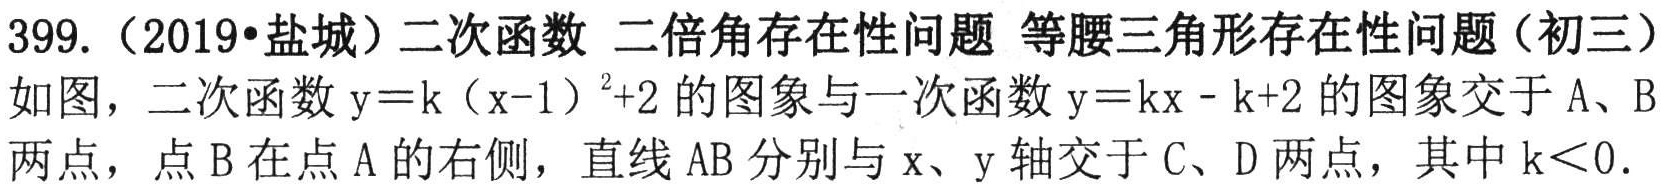
399.（2019•盐城）二次函数 二倍角存在性问题 等腰三角形存在性问题（初三）
如图，二次函数\(y = k(x - 1)^{2}+2\)的图象与一次函数\(y = kx - k + 2\)的图象交于\(A\)、\(B\)两点，点\(B\)在点\(A\)的右侧，直线\(AB\)分别与\(x\)、\(y\)轴交于\(C\)、\(D\)两点，其中\(k<0\).